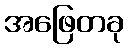
အဖြေတခု